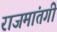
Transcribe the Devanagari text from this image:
राजमांतगी